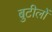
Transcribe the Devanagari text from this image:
बुटीलों